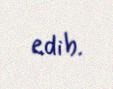
edib.